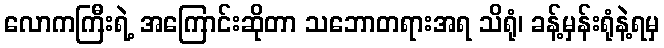
လောကကြီးရဲ့ အကြောင်းဆိုတာ သဘောတရားအရ သိရုံ၊ ခန့်မှန်းရုံနဲ့ရမှ